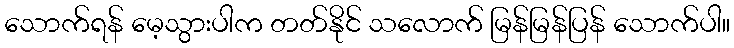
သောက်ရန် မေ့သွားပါက တတ်နိုင် သလောက် မြန်မြန်ပြန် သောက်ပါ။